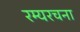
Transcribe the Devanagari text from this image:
रम्यरचना